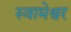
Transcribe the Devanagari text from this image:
स्वामेश्वर